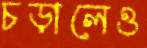
চড়ালেও